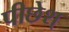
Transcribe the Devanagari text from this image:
पीछेश्